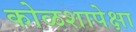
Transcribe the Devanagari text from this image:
कोळशापेक्षा